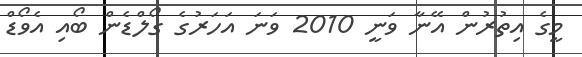
މީގެ އިތުރުން އޭނާ ވަނީ 2010 ވަނަ އަހަރުގެ ގޯލްޑެން ބޯއި އެވޯޑް